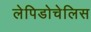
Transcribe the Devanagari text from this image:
लेपिडोचेलिस